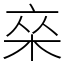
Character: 𰗣